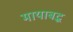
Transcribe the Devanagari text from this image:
मायाबद्ध